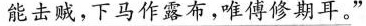
能击贼，下马作露布，唯傅修期耳。”